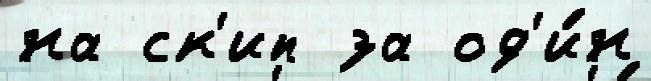
на ск'ип за од'и́н